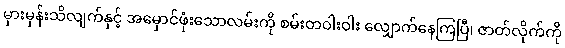
မှားမှန်းသိလျက်နှင့် အမှောင်ဖုံးသောလမ်းကို စမ်းတဝါးဝါး လျှောက်နေကြပြီ၊ ဇာတ်လိုက်ကို